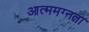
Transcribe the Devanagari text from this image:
आत्ममग्नता